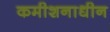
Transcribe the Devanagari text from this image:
कमीशनाधीन